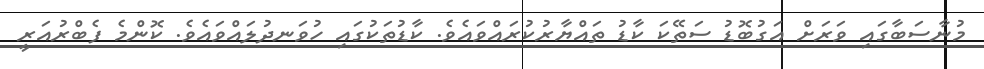
މުނާސަބާގައި ވަރަށް އަގުބޮޑު ސަތޭކަ ކާޑު ތައްޔާރުކުރައްވައެވެ. ކާޑުތަކުގައި ހުވަނދުލައްވައެވެ. ކޮންމެ ފެބްރުއަރީ